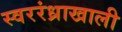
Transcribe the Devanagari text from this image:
स्वररंध्राखाली